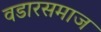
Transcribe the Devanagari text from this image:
वडारसमाज